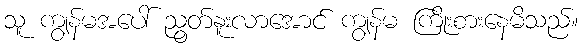
သူ ကျွန်မအပေါ် ညွတ်နူးလာအောင် ကျွန်မ ကြိုးစားနေမိသည်။